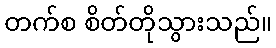
တက်စ စိတ်တိုသွားသည်။